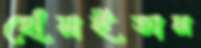
ছোঁয়াইতাম